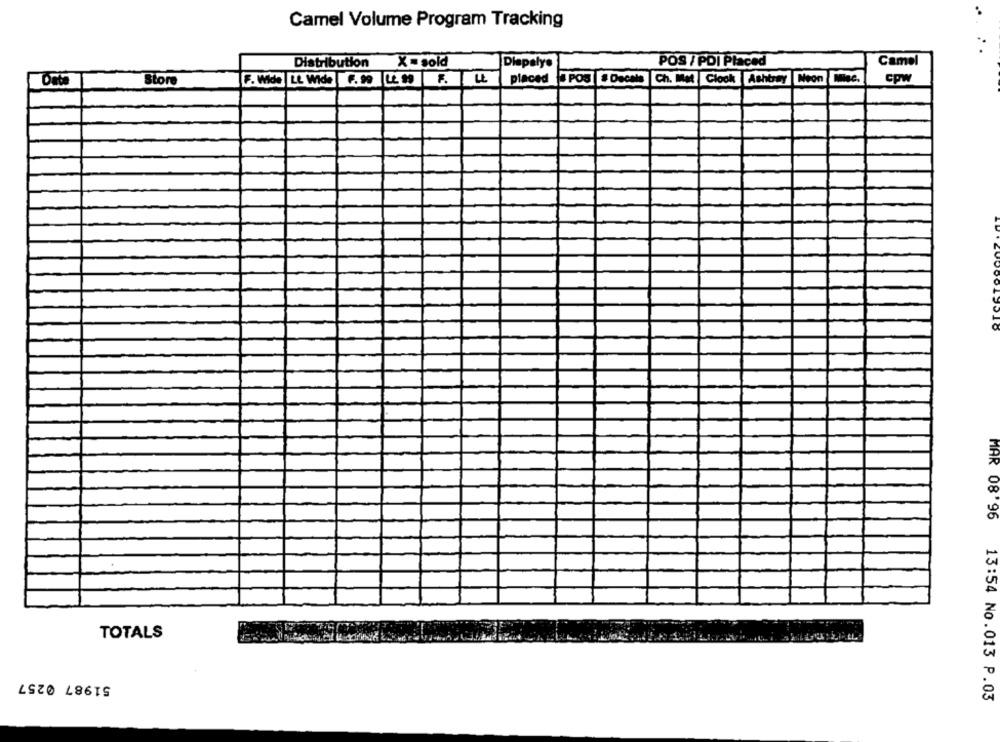
Camel Volume Program Tracking
Camel
Distribution
X = sold
Diepalys
POS / PDI Placed
Date
Store
F. Wide LL Wide F. 99 Lt 99 F.
LL
placed
POS . Decals Ch. Met Clock Ashtray Neon
Cpw
MAR 08'96
TOTALS
51987 0257
13:54 No.013 P.03